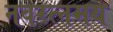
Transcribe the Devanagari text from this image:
नवरत्नमय